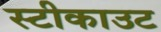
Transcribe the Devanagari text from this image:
स्टीकाउट